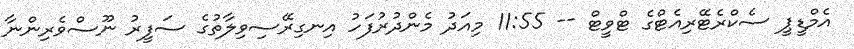
އެމްޑީޕީ ސެކްރެޓޭރިއެޓްގެ ޓްވީޓް -- 11:55 މިއަދު މެންދުރުފަހު އިނގިރޭސިވިލާތުގެ ސަފީރު ނޫސްވެރިންނާ